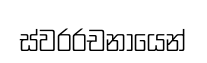
ස්වරරචනායෙන්